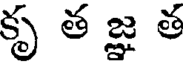
కృ త జ్ఞ త